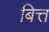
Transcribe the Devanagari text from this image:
बित्त